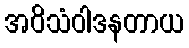
အဝိသံဝါဒနတာယ